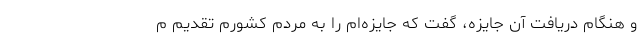
و هنگام دریافت آن جایزه، گفت که جایزه‌ام را به مردم کشورم تقدیم م